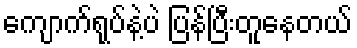
ကျောက်ရုပ်နဲ့ပဲ ပြန်ပြီးတူနေတယ်